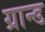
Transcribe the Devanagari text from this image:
ग्रान्ड